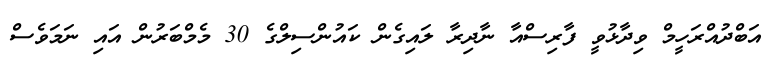
އަބްދުއްރަހީމް ވިދާޅުވީ ފާރިސްއާ ނާދިރާ ލައިގެން ކައުންސިލްގެ 30 މެމްބަރުން އައި ނަމަވެސް